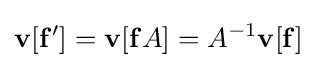
\mathbf {v} [\mathbf {f'} ]=\mathbf {v} [\mathbf {f} A]=A^{-1}\mathbf {v} [\mathbf {f} ]